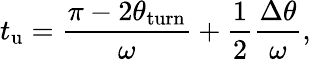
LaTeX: t_{\mathrm{u}}=\frac{\pi-2\theta_{\mathrm{turn}}}{\omega}+\frac{1}{2}\frac{\Delta\theta}{\omega},